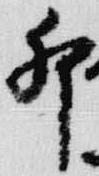
卯